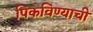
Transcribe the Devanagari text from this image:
पिकविण्याची